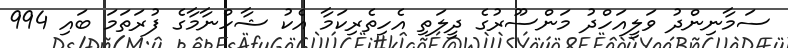
ސަމާނިންދު ވަލީއަހްދު މަންސޫރުގެ ދީލަތި އެހިތެރިކަމާ އެކު ޝާހްނާމާގެ ފުރަތަމަ ބައި 994